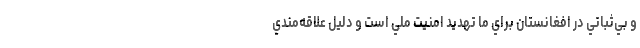
و بي‌ثباتي در افغانستان براي ما تهديد امنيت ملي است و دليل علاقه‌مندي